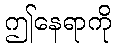
ဤနေရာကို